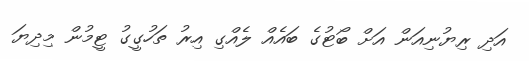
އަދި ރިޔުނިއަން އަށް ބޯޓުގެ ބައެއް ލެއްގި އިރު ތަހުގީގު ޓީމުން މިދިޔަ